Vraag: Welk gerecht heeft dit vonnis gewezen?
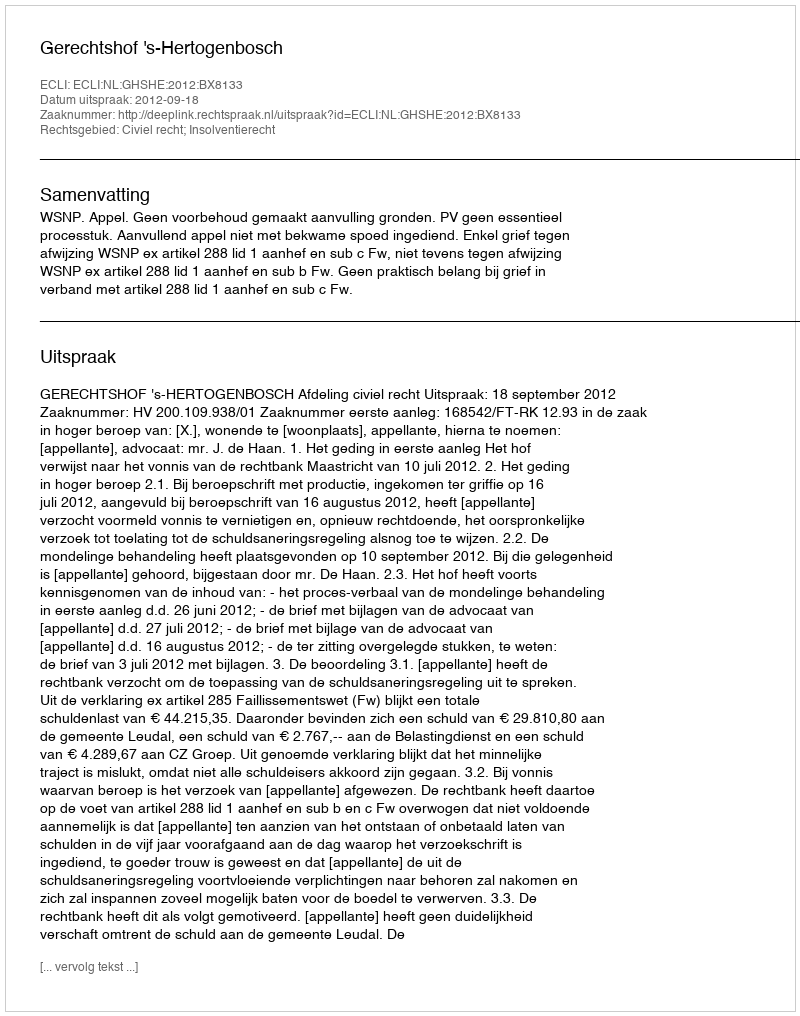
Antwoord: Gerechtshof 's-Hertogenbosch